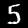
Digit: 5